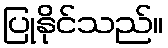
ပြုနိုင်သည်။